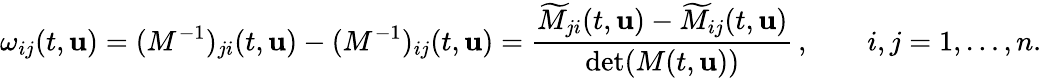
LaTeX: \omega_{ij}(t,{\mathbf{u}})=(M^{-1})_{ji}(t,{\mathbf{u}})-(M^{-1})_{ij}(t,{\mathbf{u}})=\frac{\widetilde{M}_{ji}(t,{\mathbf{u}})-\widetilde{M}_{ij}(t,{\mathbf{u}})}{\operatorname*{det}(M(t,{\mathbf{u}}))}\, ,\qquad i,j=1,\dots,n.